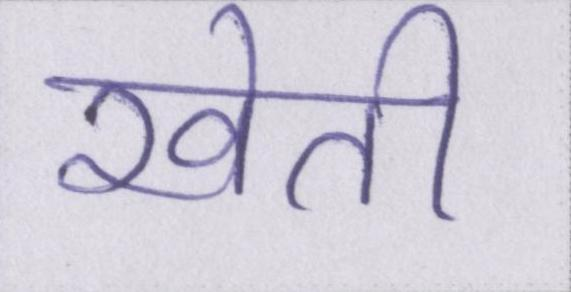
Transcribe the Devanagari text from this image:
खेती